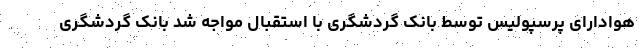
هوادارای پرسپولیس توسط بانک گردشگری با استقبال مواجه شد بانک گردشگری